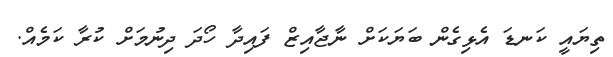
ތިޔައީ ކަނޑަ އެޅިގެން ބަޔަކަށް ނާޖާއިޒް ފައިދާ ހޯދަ ދިނުމަށް ކުރާ ކަމެއް.